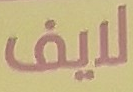
لايف